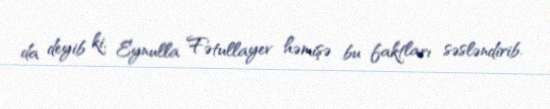
da deyib ki, Eynulla Fətullayev həmişə bu faktları səsləndirib.